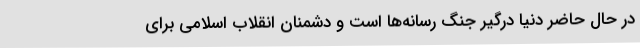
در حال حاضر دنیا درگیر جنگ رسانه‌ها است و دشمنان انقلاب اسلامی برای